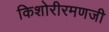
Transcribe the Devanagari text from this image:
किशोरीरमणजी